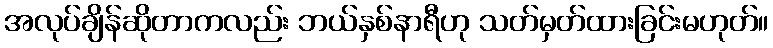
အလုပ်ချိန်ဆိုတာကလည်း ဘယ်နှစ်နာရီဟု သတ်မှတ်ထားခြင်းမဟုတ်။